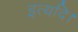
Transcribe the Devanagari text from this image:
इत्यदि।